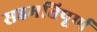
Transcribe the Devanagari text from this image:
सहमतिपूर्ण